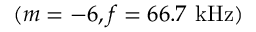
( m = - 6 , f = 6 6 . 7 \ \mathrm { k H z } )